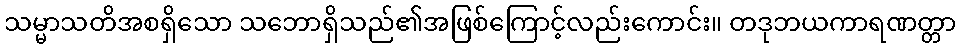
သမ္မာသတိအစရှိသော သဘောရှိသည်၏အဖြစ်ကြောင့်လည်းကောင်း။ တဒုဘယကာရဏတ္တာ